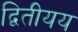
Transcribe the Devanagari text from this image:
द्वितीयय